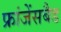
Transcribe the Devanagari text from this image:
फ्रांजेंसबैड